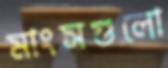
মাংসগুলো